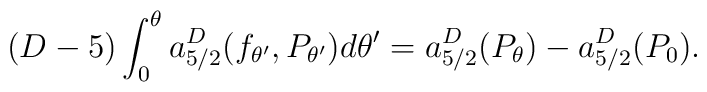
(D-5) \int_0^\theta  a^{D}_{5/2}(f_{\theta'},P_{\theta'}) d\theta'    =a^{D}_{5/2}(P_\theta)-a^{D}_{5/2}(P_0) .